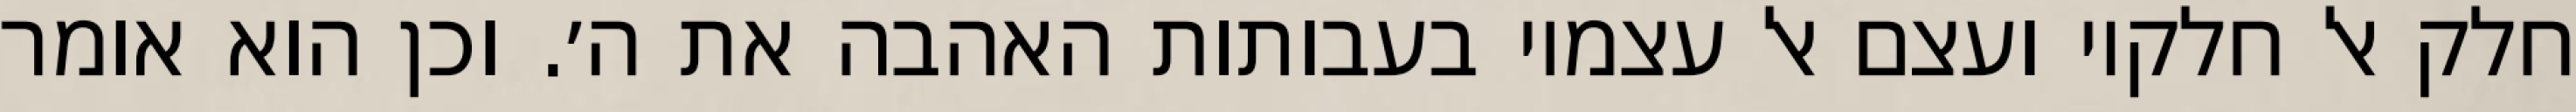
חלק אל חלקיו ועצם אל עצמיו בעבותות האהבה את ה׳. וכן הוא אומר